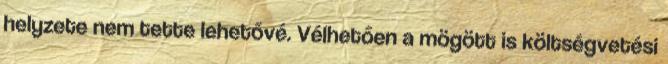
helyzete nem tette lehetővé. Vélhetően a mögött is költségvetési